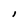
Character: I